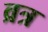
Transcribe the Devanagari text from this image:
व्रत्र